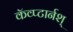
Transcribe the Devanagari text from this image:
कॅव्प्टार्नश्